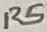
Text: R5